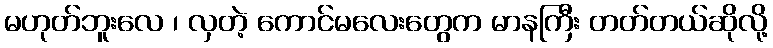
မဟုတ်ဘူးလေ ၊ လှတဲ့ ကောင်မလေးတွေက မာနကြီး တတ်တယ်ဆိုလို့